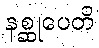
နစ္ဆုပေတိ